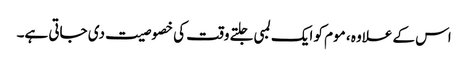
اس کے علاوہ ، موم کو ایک لمبی جلتے وقت کی خصوصیت دی جاتی ہے۔